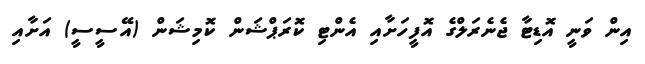
އިން ވަނީ އޮޑިޓާ ޖެނެރަލްގެ އޮފީހަށާއި އެންޓި ކޮރަޕްޝަން ކޮމިޝަން (އޭސީސީ) އަށާއި